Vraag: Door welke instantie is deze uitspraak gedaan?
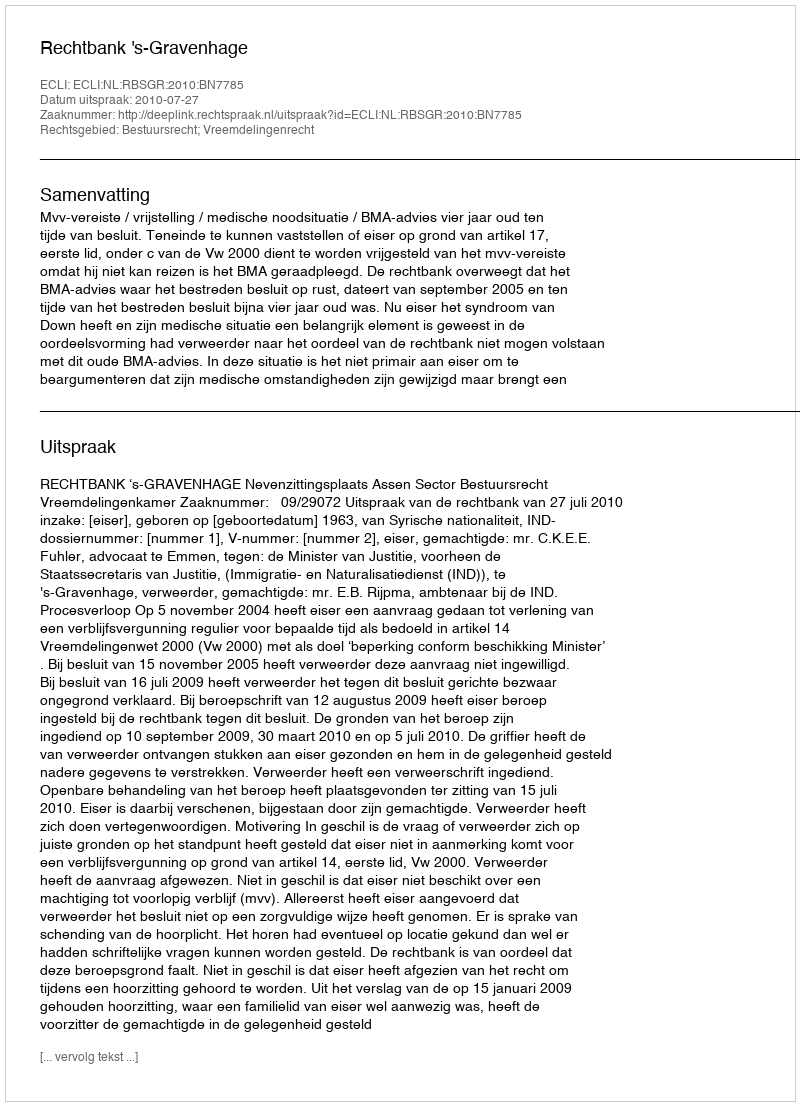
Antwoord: Rechtbank 's-Gravenhage